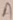
Text: A